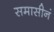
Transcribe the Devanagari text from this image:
समासीनं